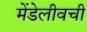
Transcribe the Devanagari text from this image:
मेंडेलीवची